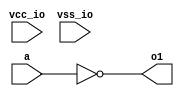
// This program was cloned from: https://github.com/intel/aib-phy-hardware
// License: Apache License 2.0

// SPDX-License-Identifier: Apache-2.0
// Copyright (C) 2019 Intel Corporation. All rights reserved


module aibnd_dcc_dly_inv ( a, o1, vcc_io, vss_io );

  input a;
  output o1;
  input vss_io;
  input vcc_io;


  assign o1 = ~a ;

endmodule